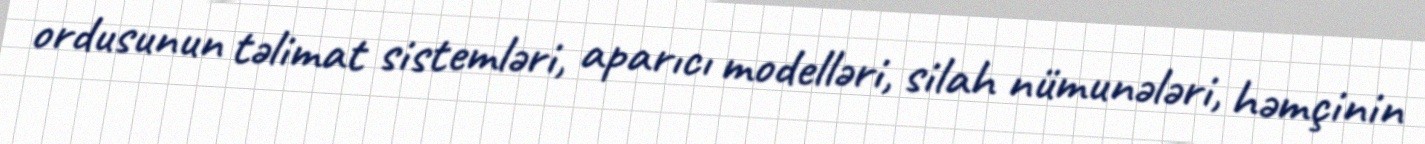
ordusunun təlimat sistemləri, aparıcı modelləri, silah nümunələri, həmçinin